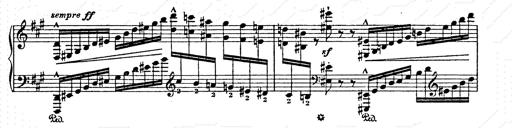
Title: AnnÃ©es de pÃ¨lerinage II
Composer: Franz Liszt